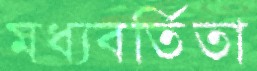
মধ্যবর্তিতা